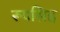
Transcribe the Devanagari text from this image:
रूपसिह